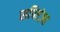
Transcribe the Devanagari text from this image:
सपिएंज़ा